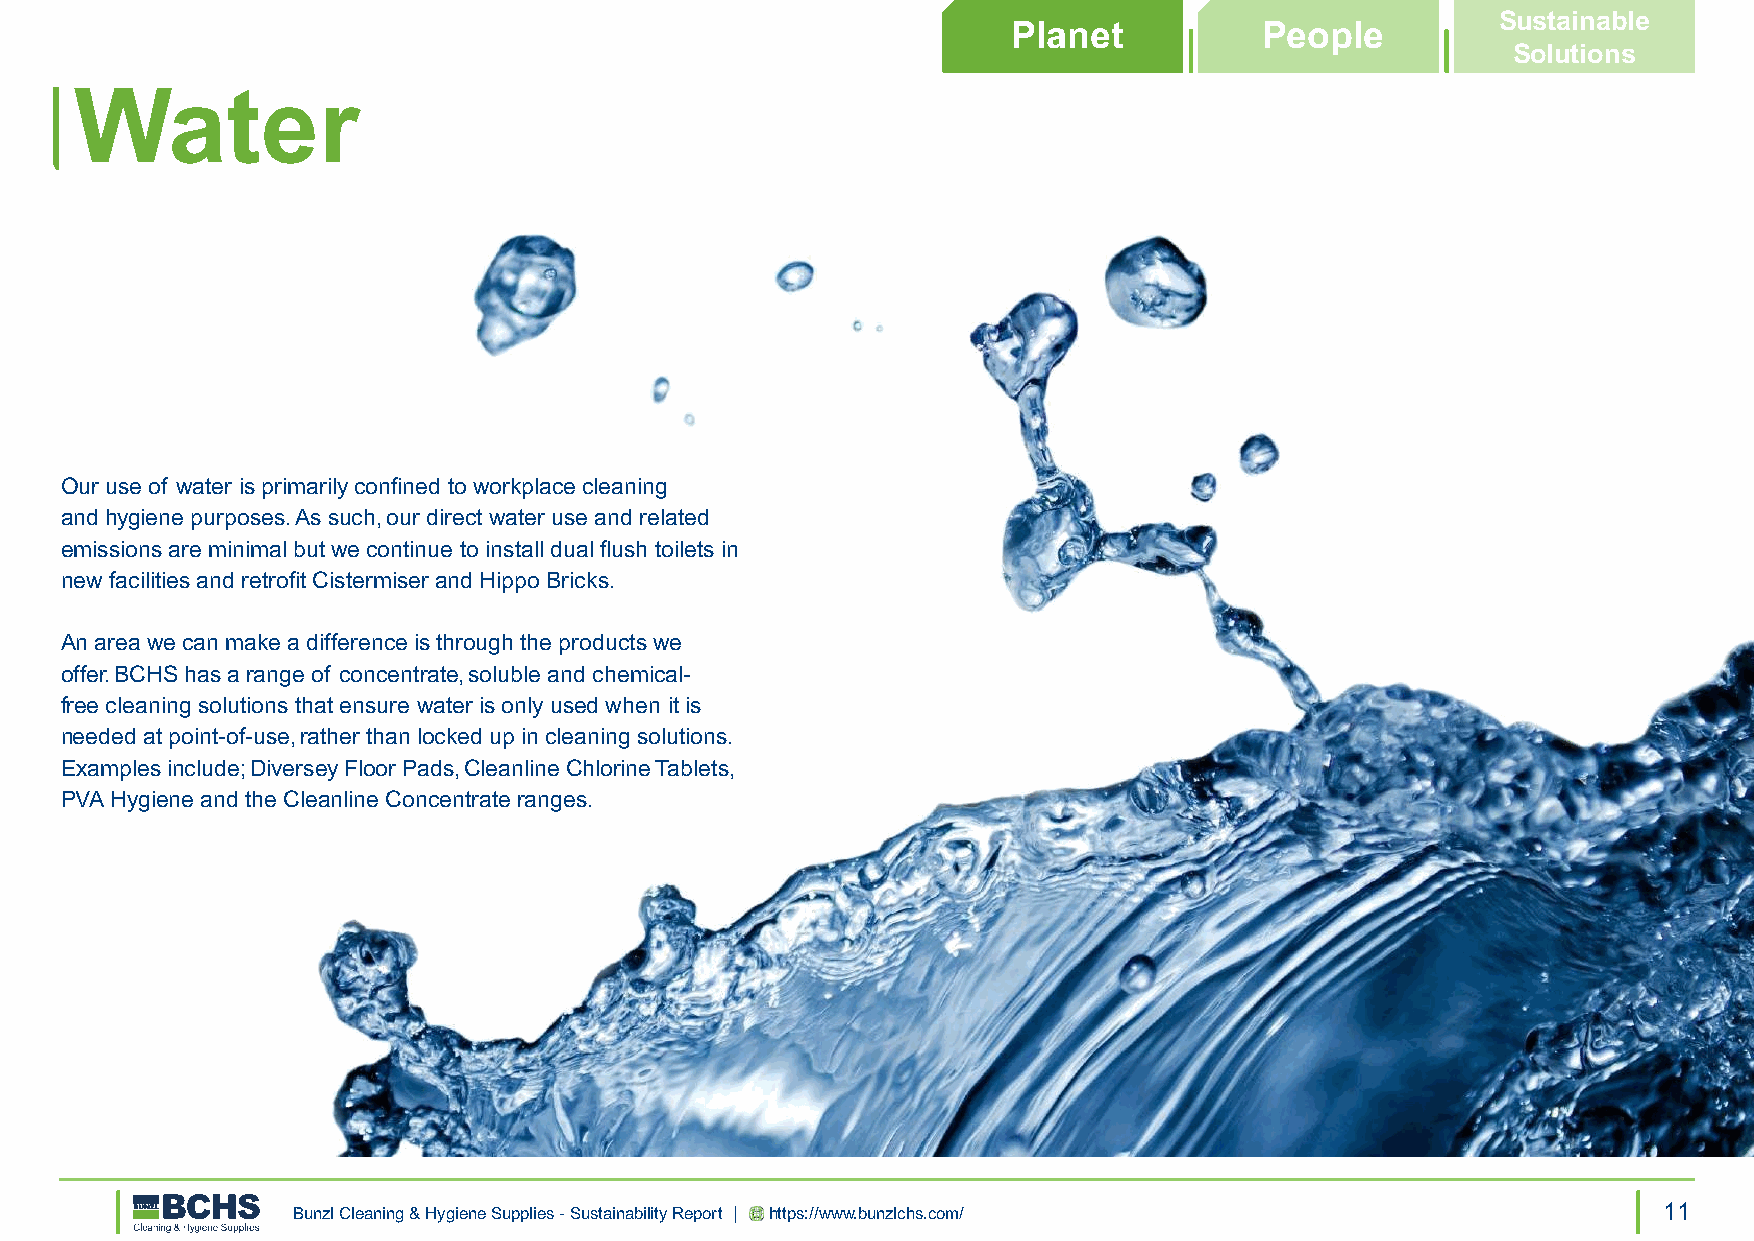
Sustainable
 Planet           People
 Solutions
 Water
 Our use of water is primarily confined to workplace cleaning
 and hygiene purposes. As such, our direct water use and related
 emissions are minimal but we continue to install dual flush toilets in
 new facilities and retrofit Cistermiser and Hippo Bricks.
 An area we can make a difference is through the products we
 offer. BCHS has a range of concentrate, soluble and chemical-
 free cleaning solutions that ensure water is only used when it is
 needed at point-of-use, rather than locked up in cleaning solutions.
 Examples include; Diversey Floor Pads, Cleanline Chlorine Tablets,
 PVA Hygiene and the Cleanline Concentrate ranges.
 Bunzl Cleaning & Hygiene Supplies - Sustainability Report | https://www.bunzlchs.com/      11